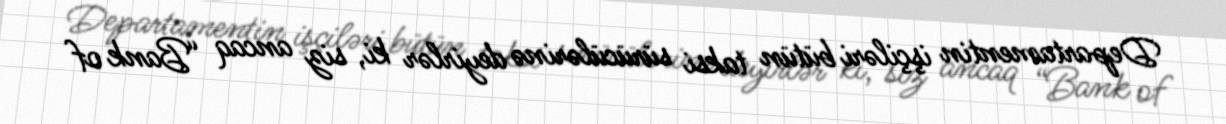
Departamentin işçiləri bütün taksi sürücülərinə deyirlər ki, siz ancaq “Bank of